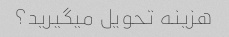
هزینه تحویل میگیرید؟